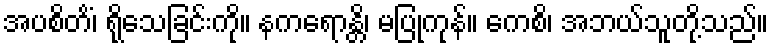
အပစိတိံ၊ ရိုသေခြင်းကို။ နကရောန္တိ၊ မပြုကုန်။ ကေစိ၊ အဘယ်သူတို့သည်။